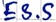
Text: E3.5